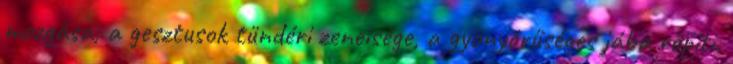
mozgása, a gesztusok tündéri zeneisége, a gyönyörűséges jába röpíti.